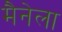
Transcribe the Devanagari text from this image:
मैनेला